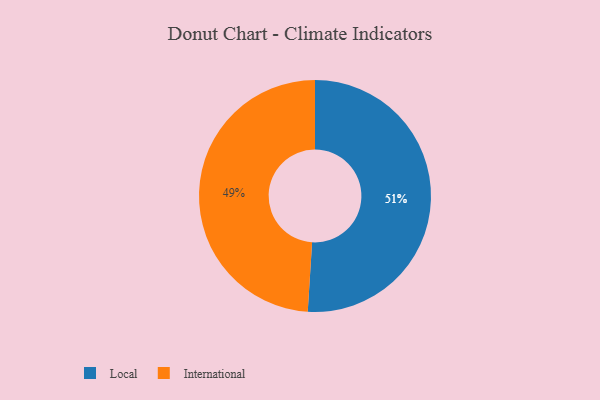
{"axis": {"x": "Category", "y": "Percentage"}, "legend": ["International", "Local"], "data": [{"x": "International", "y": 49, "type": "International"}, {"x": "Local", "y": 51, "type": "Local"}]}